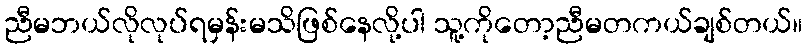
ညီမဘယ်လိုလုပ်ရမှန်းမသိဖြစ်နေလို့ပါ သူ့ကိုတော့ညီမတကယ်ချစ်တယ်။